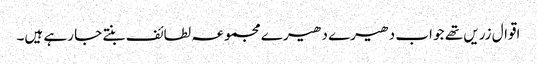
اقوال زریں تھے جو اب دھیرے دھیرے مجموعہ لطائف بنتے جا رہے ہیں۔